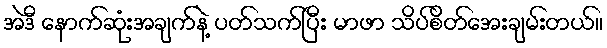
အဲဒီ နောက်ဆုံးအချက်နဲ့ ပတ်သက်ပြီး မာဖာ သိပ်စိတ်အေးချမ်းတယ်။